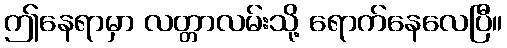
ဤနေရာမှာ လတ္တာလမ်းသို့ ရောက်နေလေပြီ။